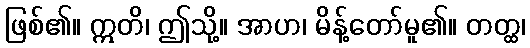
ဖြစ်၏။ ဣတိ၊ ဤသို့။ အာဟ၊ မိန့်တော်မူ၏။ တတ္ထ၊